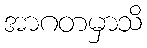
အာဂတမှာသိ